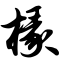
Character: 椽